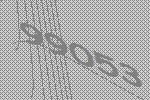
99053